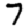
Digit: 7